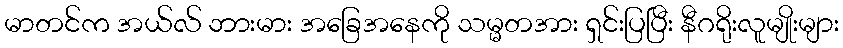
မာတင်က အယ်လ် ဘားမား အခြေအနေကို သမ္မတအား ရှင်းပြပြီး နီဂရိုးလူမျိုးများ